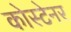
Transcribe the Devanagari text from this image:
कोस्टेनर